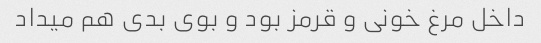
داخل مرغ خونی و قرمز بود و بوی بدی هم میداد